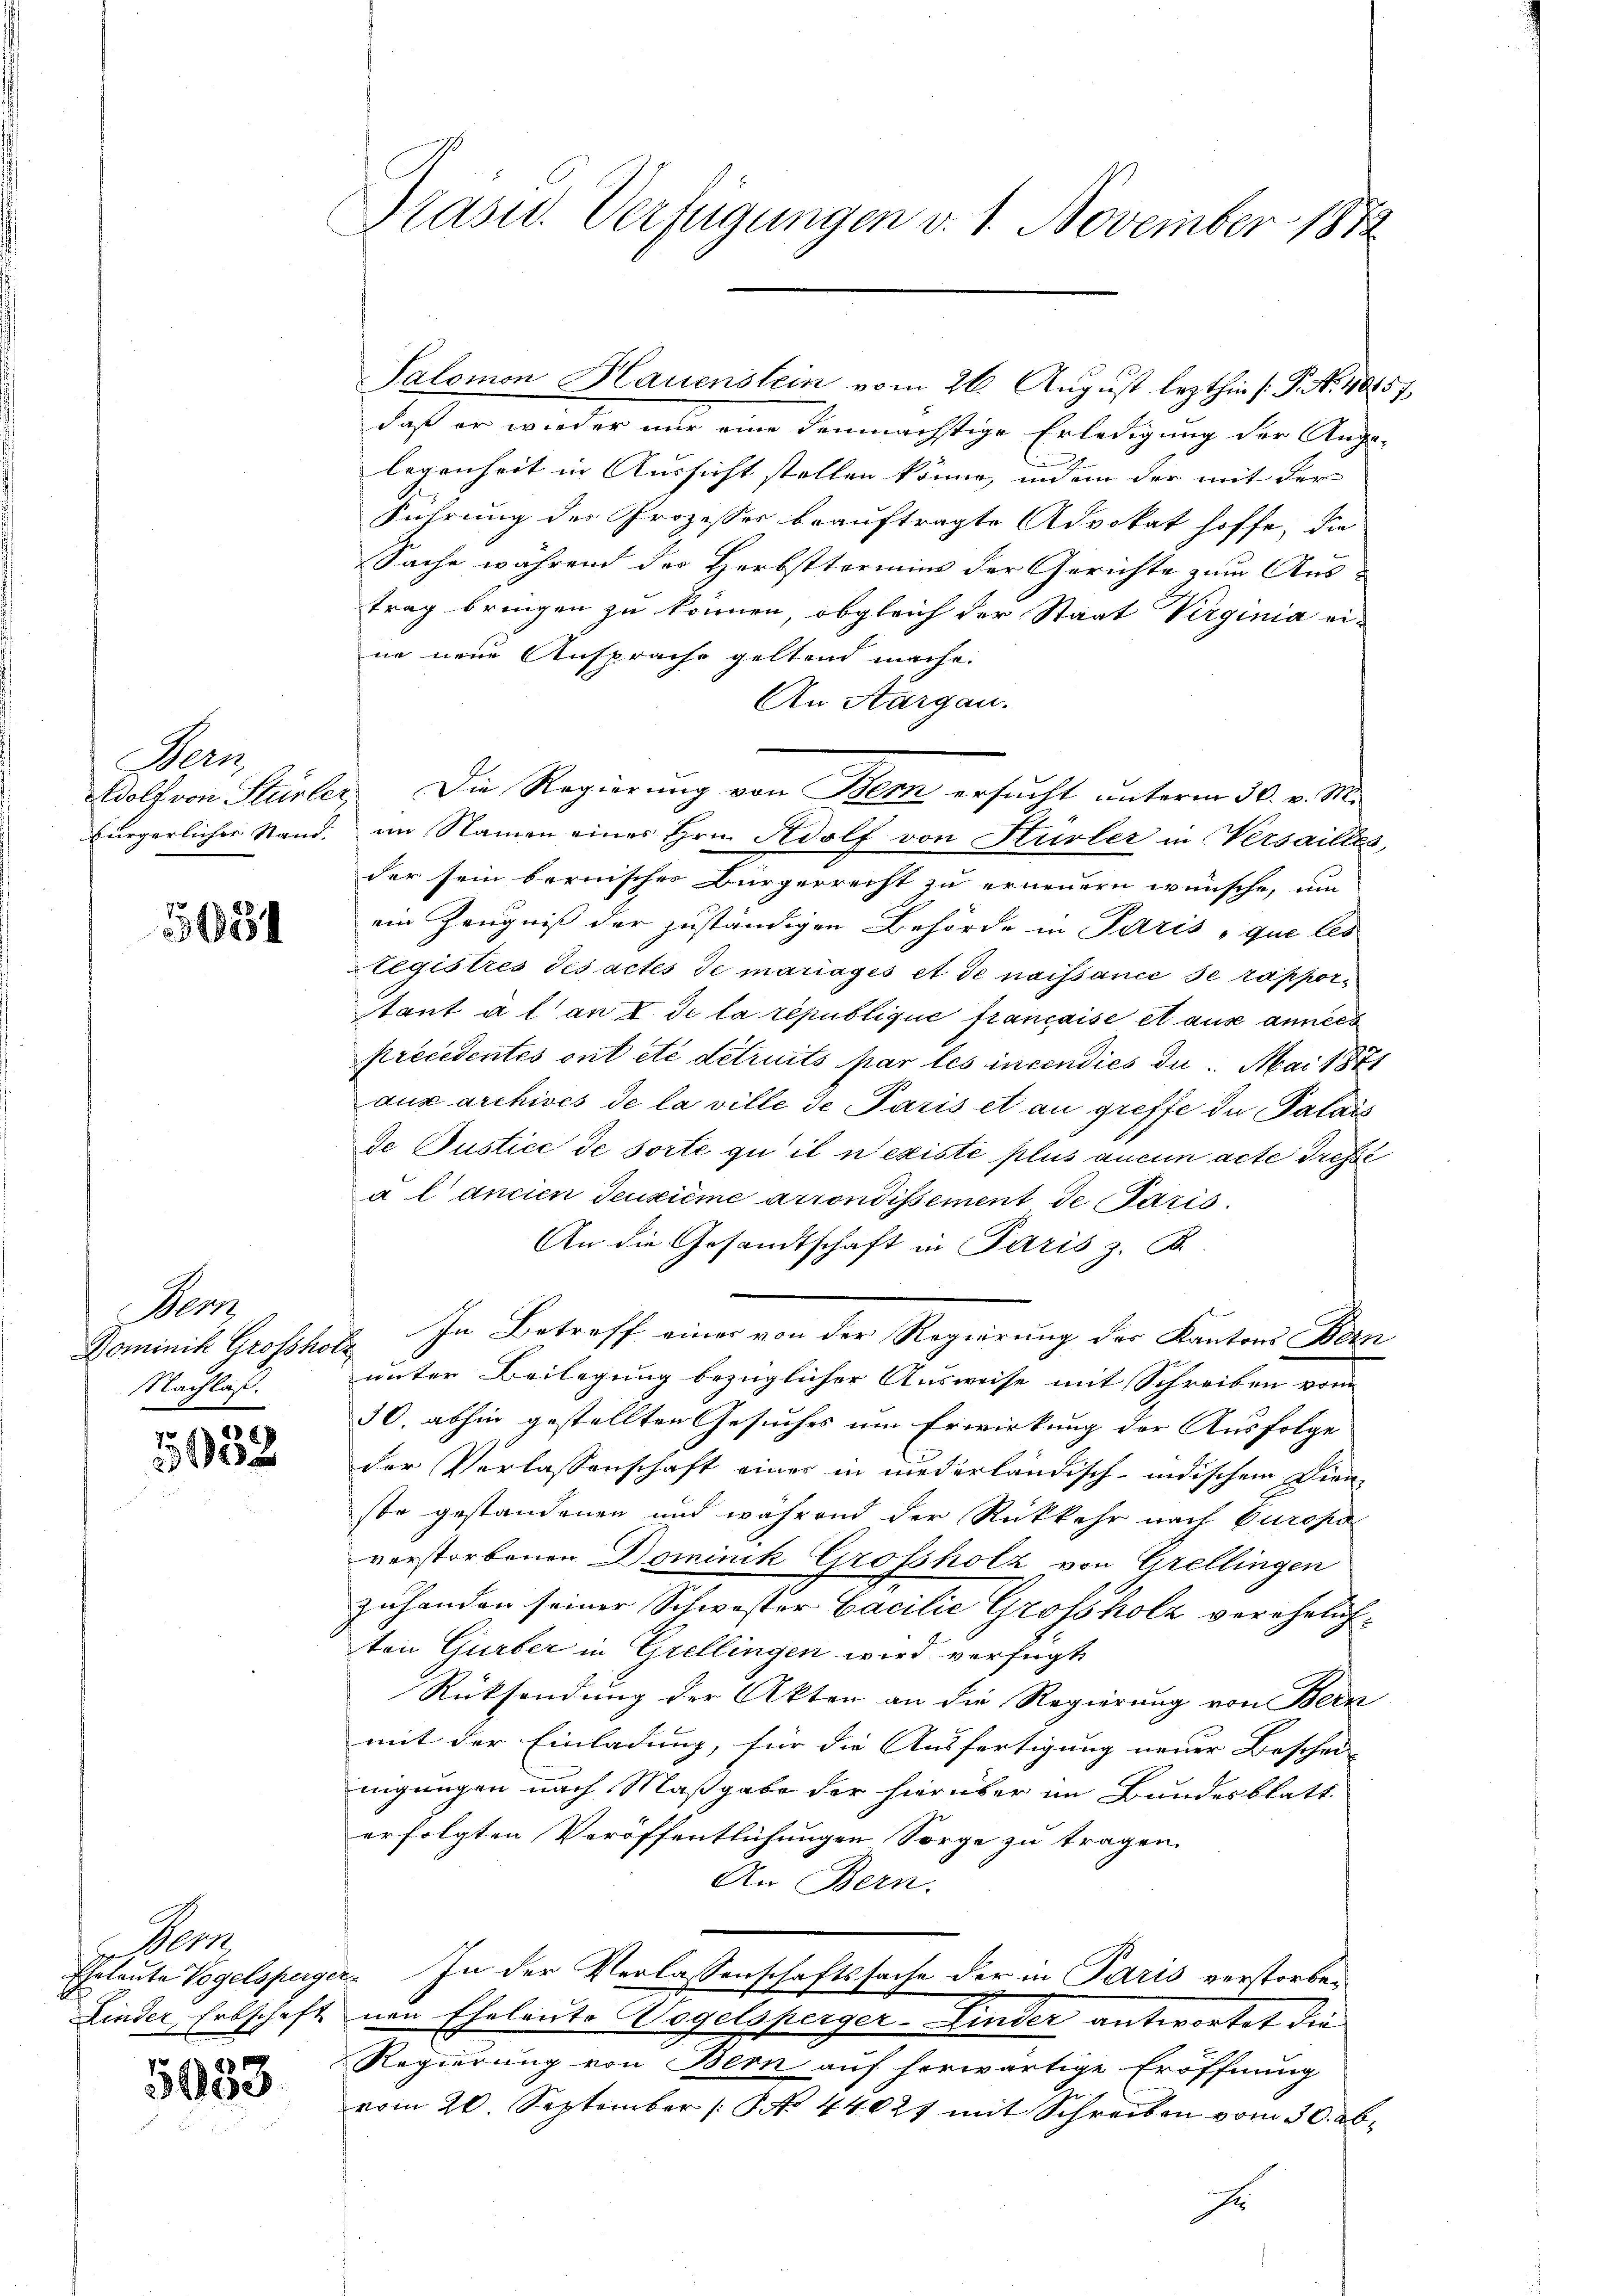
Seen
bürgerlicher Stand.

184

Nom
Dominik Grofshor
Nachlaß.

5053

Nr.
Eheleute Vogelsperge
Linder, Erbschaft

5053

Präsid. Verfügungen v. 1. November 1872

Salomon Hauenslein vom 26. August lezthin (: P. N. 40457
daß er wieder nur eine demnächstige Erledigung der Ange-
legenheit in Aussicht stellen könne, indem der mit der
Führung des Prozesser beauftragte Advokat hoffe, die
Sache während der Herbsttermins der Gerichte zum Austrag bringen zu können, obgleich der Staat Virginia ei-
ne neue Ansprache geltend mache.
An Aargau.
Wdolf von Stürler, Die Regierung von Bern ersucht unterm 30. v. M.
im Namen eines Hrn. Adolf von Hürler in Versailles,
der sein bernischer Bürgerrecht zu erneuern wünsche, um
ein Zeugniß der zuständigen Behörde in Paris, que les
Legistrés des actes de mariages et de naissance se rapportant à l an I. Se la republique française et aus années
precedentes ont etc détruits par les incendies du. Mai 1871
aus archives de la ville de Paris et au greffe in Palais
de Justice de sorte qu il n’existe plus aucun acte dresse
à l ancien deuxième arrondissement de Paris
An die Gesandtschaft in Paris z. B.
2 In Betreff eines von der Regierung des Kantons Bern
unter Beilegung bezüglicher Ausweise mit Schreiben vom
50. abhin gestellten Gesuches um Erwirkung der Ausfolge
der Verlassenschaft eines in niederländisch-indischem Dien
ste gestandenen und während der Rückkehr nach Europa
verstorbenen Dominik Grofsholz von Grellingen
zuhanden seiner Schwestor Cacilie Grossholz verehelichton Gürber in Grellingen wird verfügt
Rücksendung der Akten an die Regierung von Bera
mit der Einladung, für die Ausfertigung neuer Beschei-
nigungen nach Maßgabe der hierüber im Bundesblatt
erfolgten Veröffentlichungen Sorge zu tragen.
An Bern.
2. In der Verlassenschaftssache der in Paris verstorbenen Eheleute Wogelsperger-Linder antwortet die
Regierung von Bern auf herwärtige Eröffnung
vom 20. September No. 44027 mit Schreiben vom 30. ab.
E